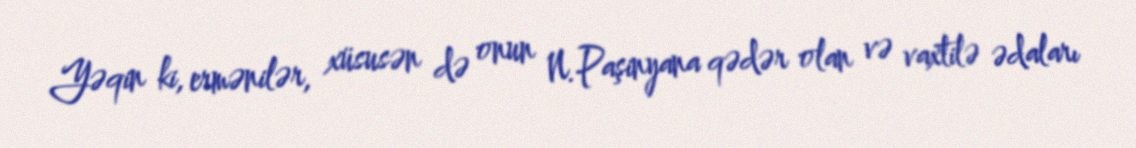
Yəqin ki, ermənilər, xüsusən də onun N.Paşinyana qədər olan və vaxtilə ədaları